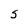
Character: S